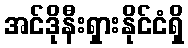
အင်ဒိုနီးရှားနိုင်ငံရှိ